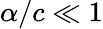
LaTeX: \alpha/c\ll 1